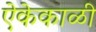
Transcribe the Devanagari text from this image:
ऐकेकाळी